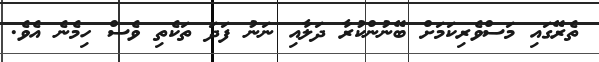
ތެރޭގައި މަސްވެރިކަމަށް ބޭނުންކުރާ ދަލާއި ނަނު ފަދަ ތަކެތި ވެސް ހިމެނެ އެވެ.